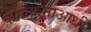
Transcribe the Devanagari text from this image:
कार्यक्रमाआधी